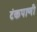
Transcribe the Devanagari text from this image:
टंकपाणी